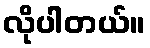
လိုပါတယ်။